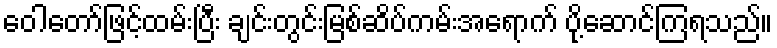
ဝေါတော်ဖြင့်ထမ်းပြီး ချင်းတွင်းမြစ်ဆိပ်ကမ်းအရောက် ပို့ဆောင်ကြရသည်။